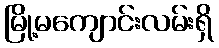
မြို့မကျောင်းလမ်းရှိ